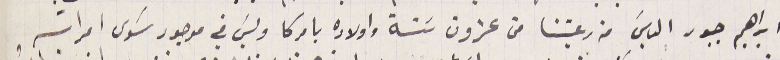
ابراهيم جبور الياسَ من رعيتنا من عشرون سَنة واولاده بامركا وليسَ في موجود سوى امراته